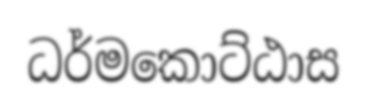
ධර්මකොට්ඨාස